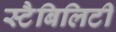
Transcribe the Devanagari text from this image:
स्टैबिलिटी